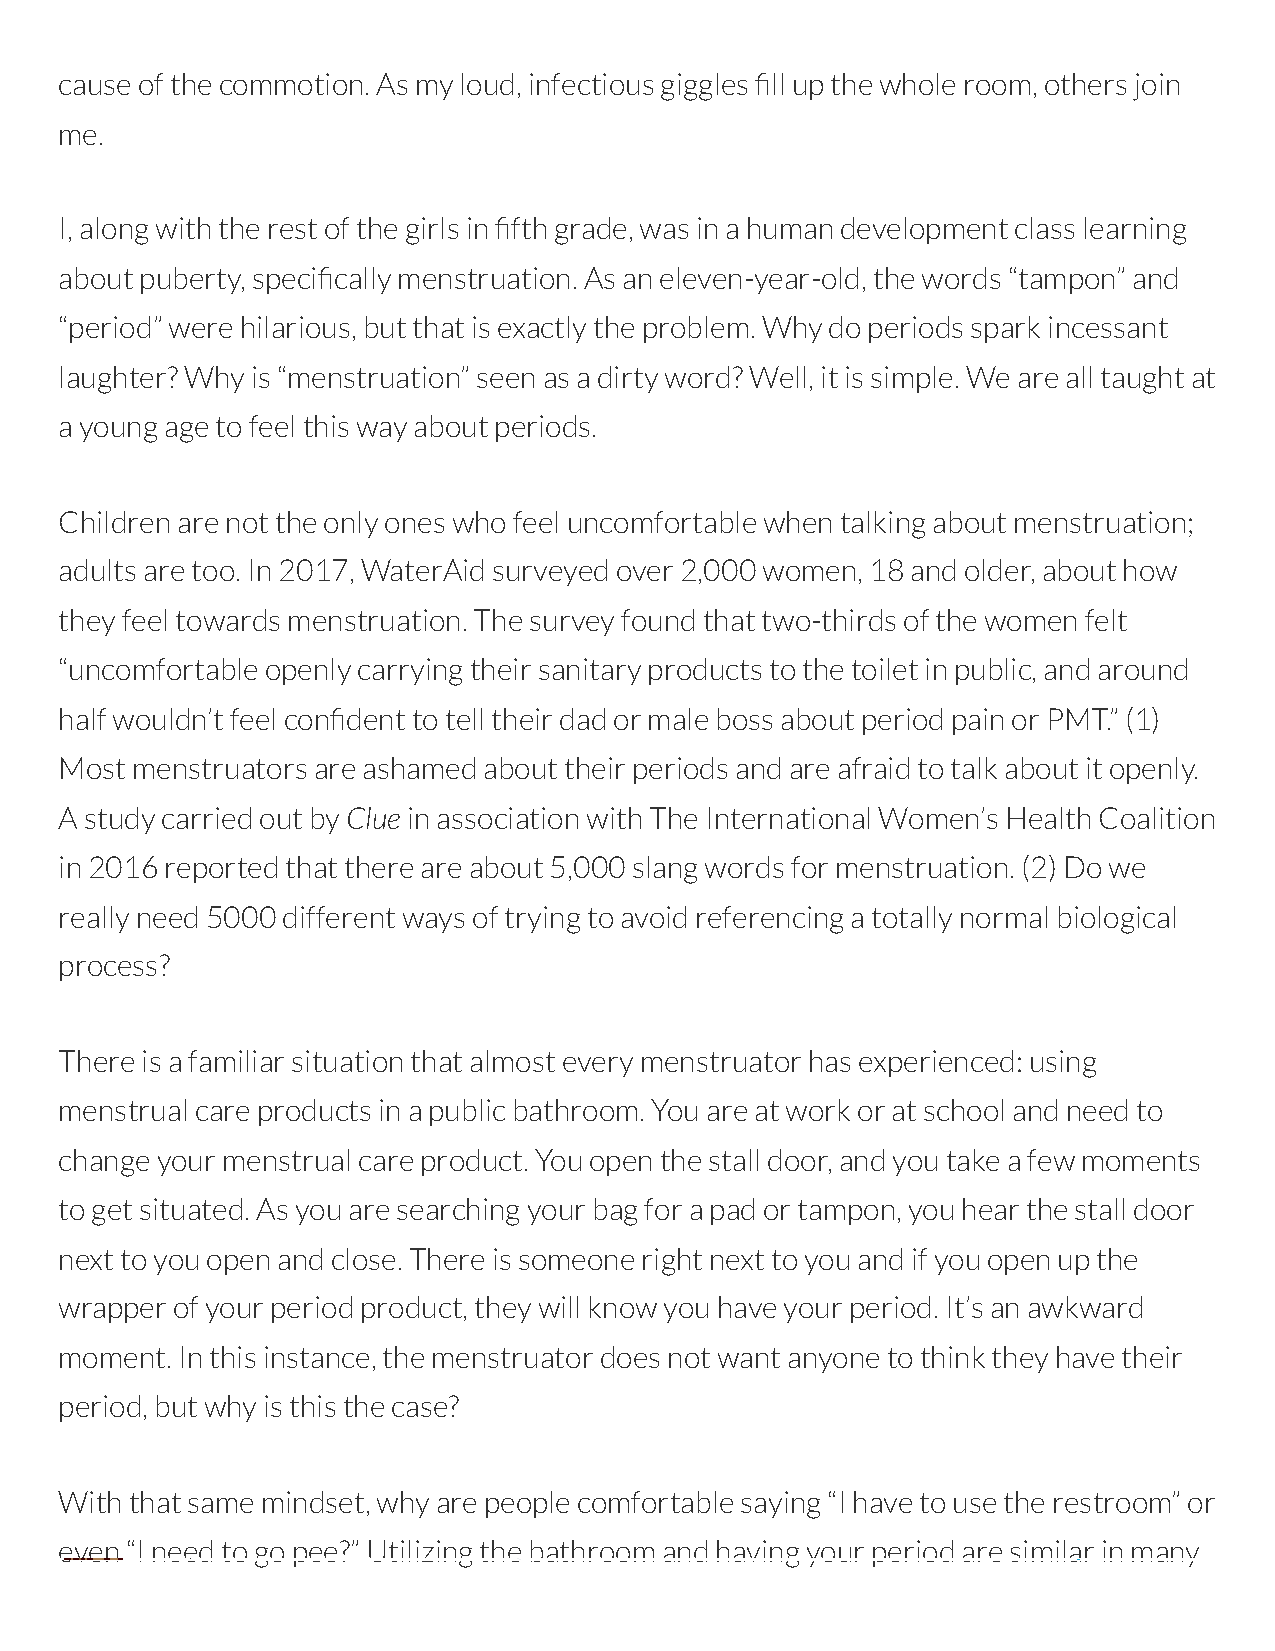
cause of the commotion. As my loud, infectious giggles ll up the whole room, others join
 me.
 I, along with the rest of the girls in fth grade, was in a human development class learning
 about puberty, specically menstruation. As an eleven-year-old, the words “tampon” and
 “period” were hilarious, but that is exactly the problem. Why do periods spark incessant
 laughter? Why is “menstruation” seen as a dirty word? Well, it is simple. We are all taught at
 a young age to feel this way about periods.
 Children are not the only ones who feel uncomfortable when talking about menstruation;
 adults are too. In 2017, WaterAid surveyed over 2,000 women, 18 and older, about how
 they feel towards menstruation. The survey found that two-thirds of the women felt
 “uncomfortable openly carrying their sanitary products to the toilet in public, and around
 half wouldn’t feel condent to tell their dad or male boss about period pain or PMT.” (1)
 Most menstruators are ashamed about their periods and are afraid to talk about it openly.
 A study carried out by Clue in association with The International Women’s Health Coalition
 in 2016 reported that there are about 5,000 slang words for menstruation. (2) Do we
 really need 5000 different ways of trying to avoid referencing a totally normal biological
 process?
 There is a familiar situation that almost every menstruator has experienced: using
 menstrual care products in a public bathroom. You are at work or at school and need to
 change your menstrual care product. You open the stall door, and you take a few moments
 to get situated. As you are searching your bag for a pad or tampon, you hear the stall door
 next to you open and close. There is someone right next to you and if you open up the
 wrapper of your period product, they will know you have your period. It’s an awkward
 moment. In this instance, the menstruator does not want anyone to think they have their
 period, but why is this the case?
 With that same mindset, why are people comfortable saying “I have to use the restroom” or
 even “I need to go pee?” Utilizing the bathroom and having your period are similar in many